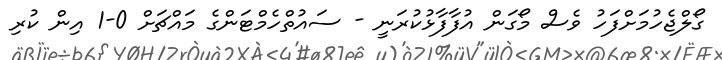
ގޯލްޖެހުމަށްފަހު ވެސް މޯގަން އުފާފާޅުކުރަނީ - ސައުތްހެމްޓަންގެ މައްޗަށް 0-1 އިން ކުރި